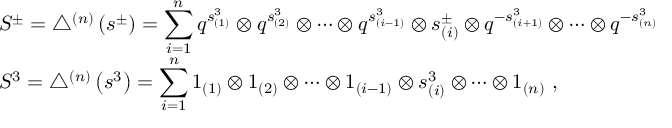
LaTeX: \begin{array} { r c l } { { } } & { { } } & { { S ^ { \pm } = \bigtriangleup ^ { ( n ) } \left( s ^ { \pm } \right) = \displaystyle \sum _ { i = 1 } ^ { n } q ^ { s _ { ( 1 ) } ^ { 3 } } \otimes q ^ { s _ { ( 2 ) } ^ { 3 } } \otimes \cdots \otimes q ^ { s _ { ( i - 1 ) } ^ { 3 } } \otimes s _ { ( i ) } ^ { \pm } \otimes q ^ { - s _ { ( i + 1 ) } ^ { 3 } } \otimes \cdots \otimes q ^ { - s _ { ( n ) } ^ { 3 } } ~ , } } \\ { { } } & { { } } & { { S ^ { 3 } = \bigtriangleup ^ { ( n ) } \left( s ^ { 3 } \right) = \displaystyle \sum _ { i = 1 } ^ { n } 1 _ { ( 1 ) } \otimes 1 _ { ( 2 ) } \otimes \cdots \otimes 1 _ { ( i - 1 ) } \otimes s _ { ( i ) } ^ { 3 } \otimes \cdots \otimes 1 _ { ( n ) } ~ , } } \end{array}